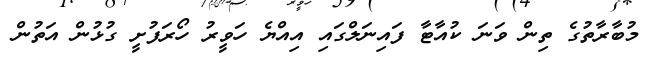
މުބާރާތުގެ ތިން ވަނަ ކުއާޓާ ފައިނަލްގައި އިއްޔެ ހަވީރު ހޯރަފުށީ ގުޅުން އަތުން